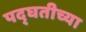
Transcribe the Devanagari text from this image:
पद्घतीच्या